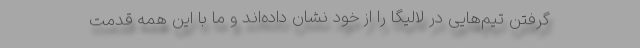
گرفتن تیم‌هایی در لالیگا را از خود نشان داده‌اند و ما با این همه قدمت